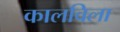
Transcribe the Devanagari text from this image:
कालविला